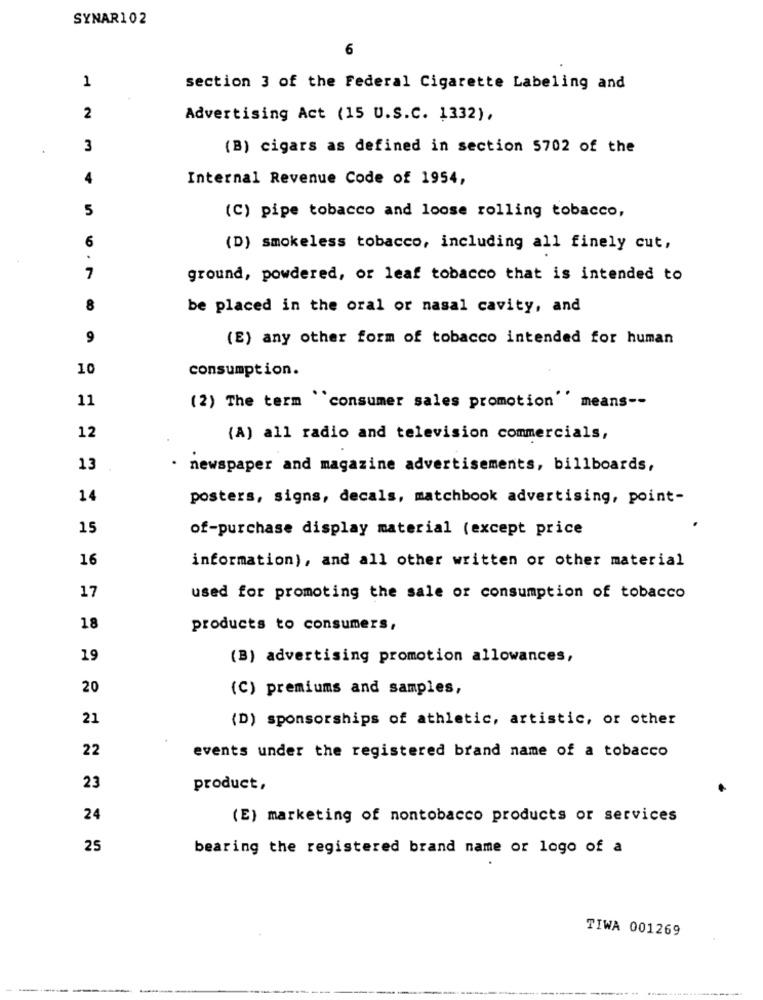
SYNAR102
6
1
section 3 of the Federal Cigarette Labeling and
2
Advertising Act (15 U.S.C. 1332),
3
(B) cigars as defined in section 5702 of the
4
Internal Revenue Code of 1954,
5
(C) pipe tobacco and loose rolling tobacco,
6
(D) smokeless tobacco, including all finely cut,
.
7
ground, powdered, or leaf tobacco that is intended to
8
be placed in the oral or nasal cavity, and
9
(E) any other form of tobacco intended for human
10
consumption.
11
(2) The term "consumer sales promotion means --
12
(A) all radio and television commercials,
13
newspaper and magazine advertisements, billboards,
14
posters, signs, decals, matchbook advertising, point-
15
of-purchase display material (except price
16
information), and all other written or other material
17
used for promoting the sale or consumption of tobacco
18
products to consumers,
19
(B) advertising promotion allowances,
20
(C) premiums and samples,
21
(D) sponsorships of athletic, artistic, or other
22
events under the registered brand name of a tobacco
23
product,
24
(E) marketing of nontobacco products or services
25
bearing the registered brand name or logo of a
TIWA 001269